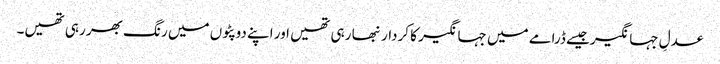
عدلِ جہانگیرجیسے ڈرامے میں جہانگیر کا کردار نبھا رہی تھیں اور اپنے دوپٹوں میں رنگ بھر رہی تھیں۔